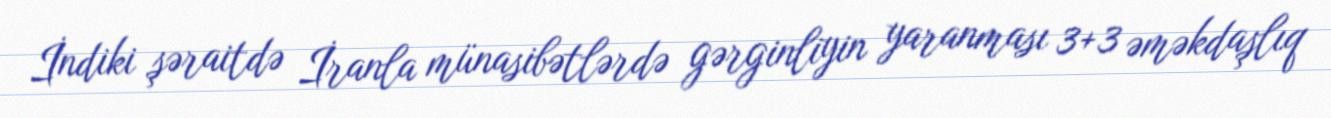
İndiki şəraitdə İranla münasibətlərdə gərginliyin yaranması 3+3 əməkdaşlıq